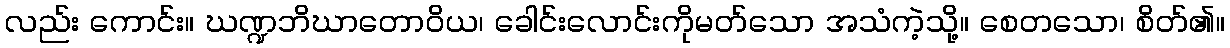
လည်း ကောင်း။ ဃဏ္ဍဘိဃာတောဝိယ၊ ခေါင်းလောင်းကိုမတ်သော အသံကဲ့သို့။ စေတသော၊ စိတ်၏။